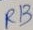
Text: RB